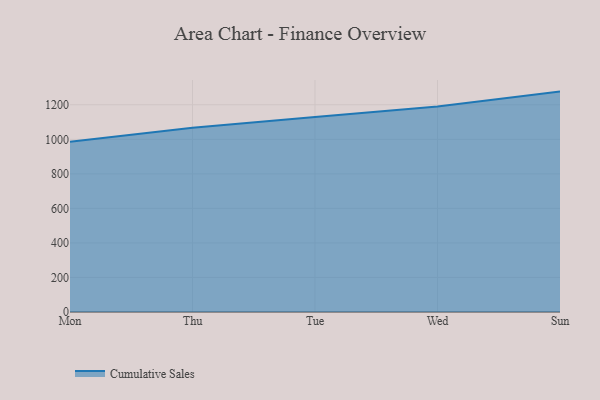
{"axis": {"x": "Day", "y": "Net Income (USD K)"}, "legend": ["Cumulative Sales"], "data": [{"x": "Mon", "y": 985.7, "type": "Cumulative Sales"}, {"x": "Thu", "y": 1067.5, "type": "Cumulative Sales"}, {"x": "Tue", "y": 1129.5, "type": "Cumulative Sales"}, {"x": "Wed", "y": 1190.4, "type": "Cumulative Sales"}, {"x": "Sun", "y": 1276.3, "type": "Cumulative Sales"}]}